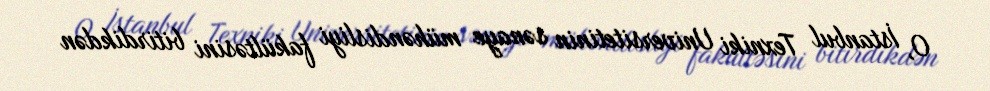
O, İstanbul Texniki Universitetinin sənaye mühəndisliyi fakültəsini bitirdikdən